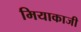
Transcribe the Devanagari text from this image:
मियाकाजी